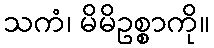
သကံ၊ မိမိဥစ္စာကို။